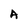
Character: A